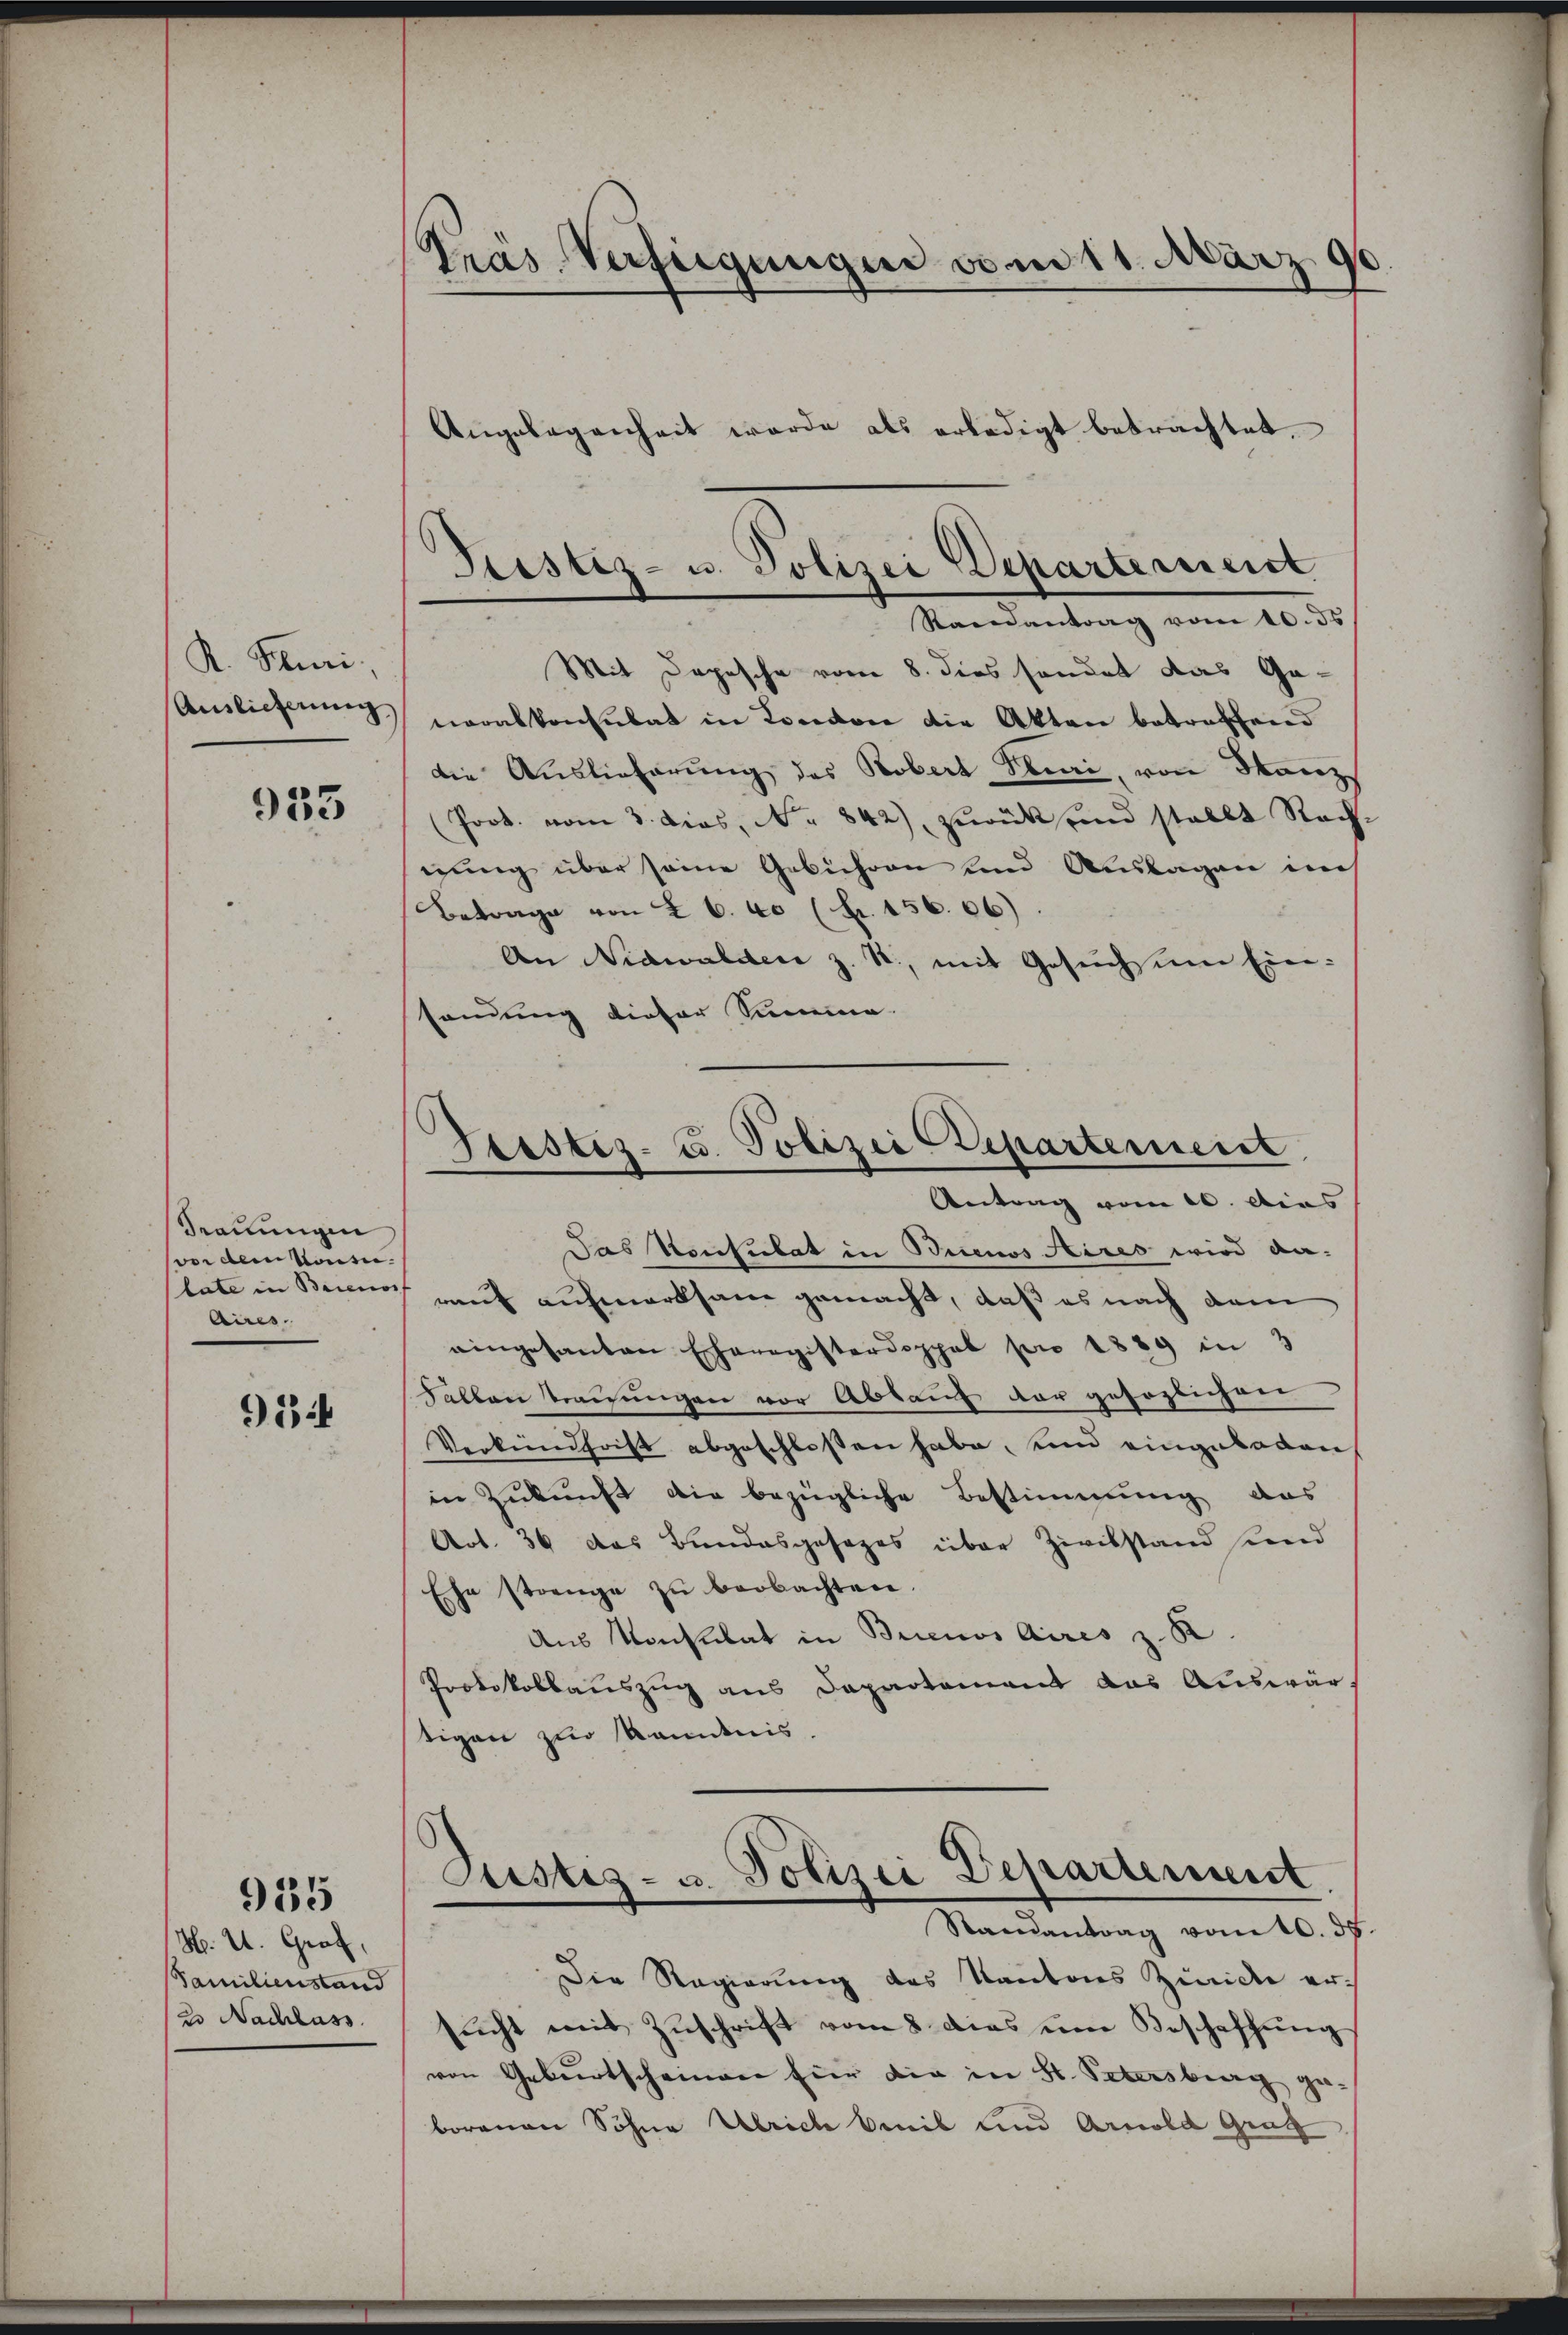
K. Kuri
Auslieferung

935

Trauungen
voi dem Konse
late in Buenos
Aires.

934

935

H. U. Graf,
Familienstand
2. Nachlass

Pras Verfügungen vom 11. März 190

Prestiz- u. Polizei Departemeist
Raenantrag vom 10. ds

Angelegenheit werde als erledigt betrachtet.
Mit Depesche vom 8. dies sonder das Ganeralkonsulat in London die Akten betreffend
die Auslieferung des Robert Puri, von Stanz
Poot. vom 3. dies, Nr. 842) zurück und stellt Rechiung über seine Gebühren und Auslagen ins
Betrage von 26. 60 (Fr. 156. 66)
An Nidwalden z. B., mit Gesuchsum Einsandung dieser Summe
Das Konsulat in Buenos Aires wird da
rauf aufmerksam gemacht, daß es nach dem
eingesanten Eheregisterdoppel pro 1889 in 3
Falten trauungen vor Abkauf der gefoglicher
Verkendfrist abgeschloßen habe, und eingebaden,
in Zukunft die bezügliche Bestimmung das
Art. 36 das Bundesgesages über Zivilstand sind
Ehe strenge zu beobachten.
Aus Konsulat in Buenos Aires z. R
Protokollauszug aus Departement das Auswärstigen zur Skandnis.
Justiz- u. Polizei Departement
Randantrag vom 10. d.
Die Regierung des Kantons Zuricke er-
sŭcht mit Zŭschrift vom 8. dies um Beschaffŭng
von Geburtscheinen für die in St. Petersberg geborenen Sohne Ulrich benib und Arnold Graf

Geistiz- u. Polizei Departement
Antrag vom 20. Aias